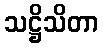
သဋ္ဌိသိတာ